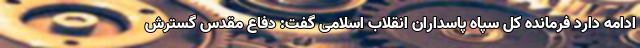
ادامه دارد فرمانده کل سپاه پاسداران انقلاب اسلامی گفت: دفاع مقدس گسترش